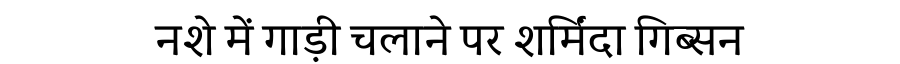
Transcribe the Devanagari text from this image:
नशे में गाड़ी चलाने पर शर्मिंदा गिब्सन